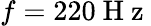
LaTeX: f=220\mathrm{~H~z~}